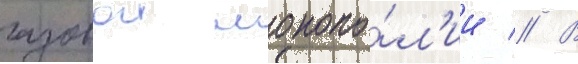
газовои монопо́л'ии // В